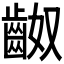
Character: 𪗵